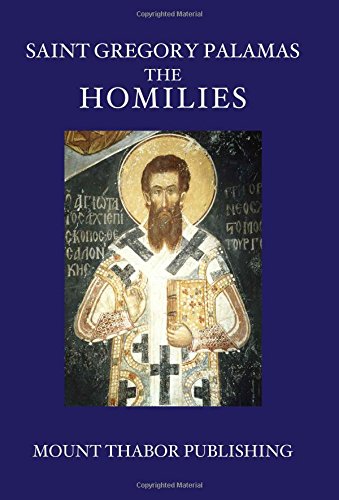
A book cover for Saint Gregory Palamas: The Homilies; Saint Gregory Palamas; Christian Books & Bibles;